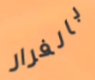
بالفرار